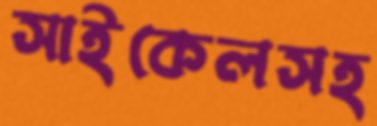
সাইকেলসহ